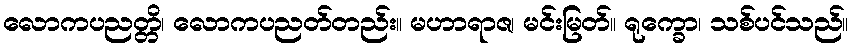
လောကပညတ္တိ၊ လောကပညတ်တည်း။ မဟာရာဇ၊ မင်းမြတ်။ ရုက္ခော၊ သစ်ပင်သည်။